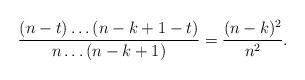
LaTeX: \begin{align*}\frac{(n-t)\ldots(n-k+1-t)}{n\ldots(n-k+1)}=\frac{(n-k)^2}{n^2}.\end{align*}